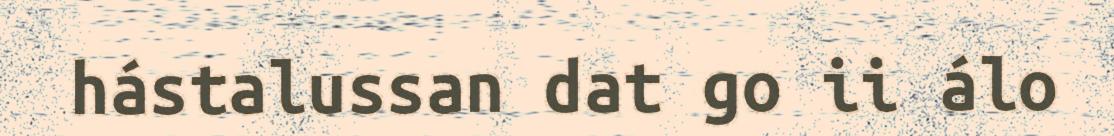
hástalussan dat go ii álo